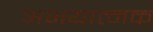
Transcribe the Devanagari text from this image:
अभयात्मक